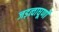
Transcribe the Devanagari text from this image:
जड़त्वाघूर्णों